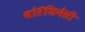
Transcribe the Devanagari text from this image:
बोरॅजिनेसी